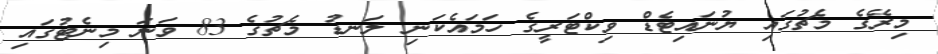
މިރޭގެ މެޗުގައި ޔުނައިޓެޑް ވިކްޓަރީގެ ހަމައެކަނި ލަނޑު މެޗުގެ 83 ވަނަ މިނެޓުގައި